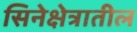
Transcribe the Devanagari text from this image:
सिनेक्षेत्रातील